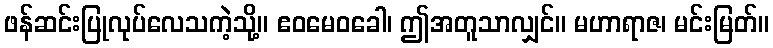
ဖန်ဆင်းပြုလုပ်လေသကဲ့သို့။ ဧဝမေဝခေါ၊ ဤအတူသာလျှင်။ မဟာရာဇ၊ မင်းမြတ်။